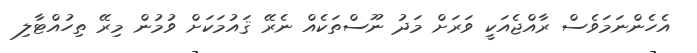
އެހެންނަމަވެސް ރާއްޖެއަކީ ވަރަށް މަދު ނޫސްތަކެއް ނެރޭ ޤައުމަކަށް ވުމުން މިރޭ ތިހުއްޓާލި